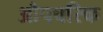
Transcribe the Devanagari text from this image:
औपचरिक